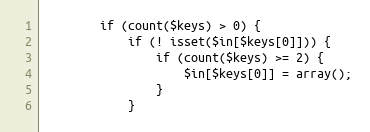
Language: PHP
        if (count($keys) > 0) {
            if (! isset($in[$keys[0]])) {
                if (count($keys) >= 2) {
                    $in[$keys[0]] = array();
                }
            }